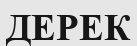
ДЕРЕК